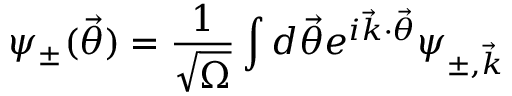
\psi _ { \pm } ( \vec { \theta } ) = \frac { 1 } { \sqrt { \Omega } } \int d \vec { \theta } e ^ { i \vec { k } \cdot \vec { \theta } } \psi _ { \pm , \vec { k } }